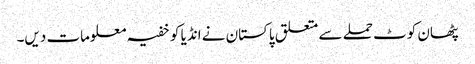
پٹھان کوٹ حملے سے متعلق پاکستان نے انڈیا کو خفیہ معلومات دیں۔